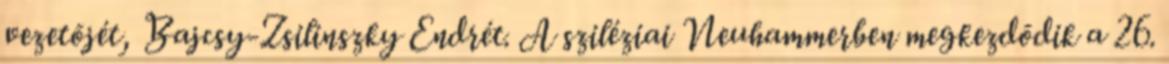
vezetõjét, Bajcsy-Zsilinszky Endrét. A sziléziai Neuhammerben megkezdõdik a 26.